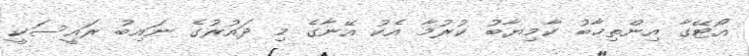
އޯޓޭގާ އިންތިޚާބު ކާމިޔާބު ކުރުމާ އެކު އޭނާގެ މި ދައުރުގެ ނައިބު ރައީސަކީ